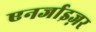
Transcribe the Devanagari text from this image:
एनर्जाइज़र